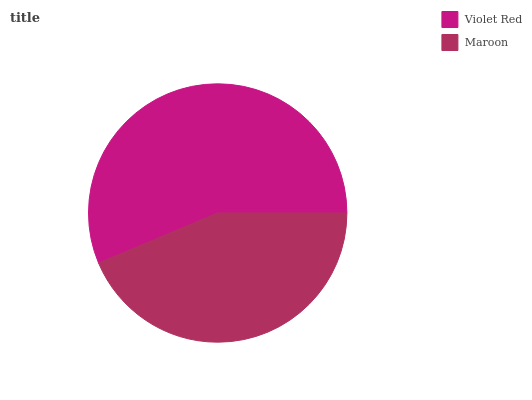
| Violet Red | Maroon |
 | --- | --- |
 | 56.4% | 43.6% |